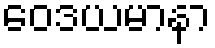
ဝေဒယမာနာ